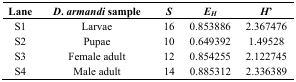
<table><thead><tr><td><b>Lane</b></td><td><b><i>D. armandi</i> sample</b></td><td><b><i>S</i></b></td><td><b><i>E</i><i><sub>H</sub></i></b></td><td><b><i>H</i>′</b></td></tr></thead><tbody><tr><td>S1</td><td>Larvae</td><td>16</td><td>0.853886</td><td>2.367476</td></tr><tr><td>S2</td><td>Pupae</td><td>10</td><td>0.649392</td><td>1.49528</td></tr><tr><td>S3</td><td>Female adult</td><td>12</td><td>0.854255</td><td>2.122745</td></tr><tr><td>S4</td><td>Male adult</td><td>14</td><td>0.885312</td><td>2.336389</td></tr></tbody></table>